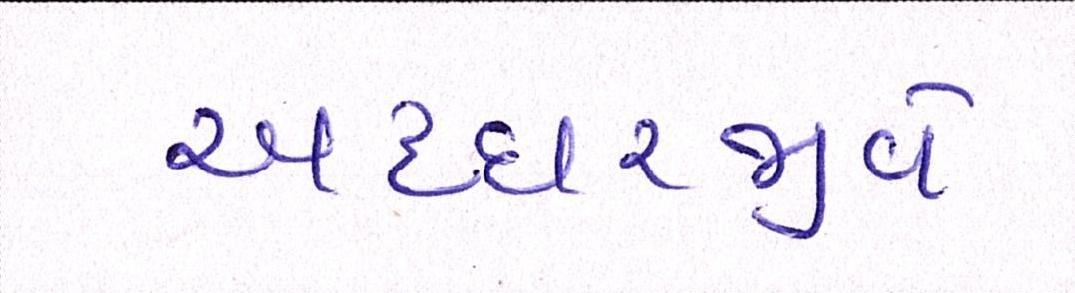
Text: અધ્ધરજીવે